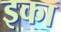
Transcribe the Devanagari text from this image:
इका